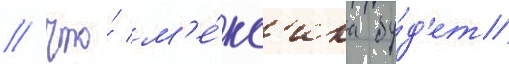
/ что́ м'е́кс'ика бу́д'ет